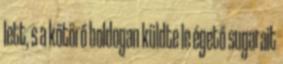
lett, s a kőtörő boldogan küldte le égető sugarait